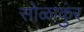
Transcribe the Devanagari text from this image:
सोळाकुंर